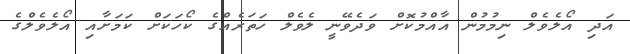
އަދި އޯލެވެލް ނިމުމުން އާއްމުކޮށް ވަދެވޭނީ ލެވެލް ހަތަރެއްގެ ކޯހަކަށް ކަމަށާއި އޯލެވެލްގެ